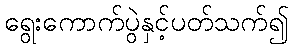
ရွေးကောက်ပွဲနှင့်ပတ်သက်၍